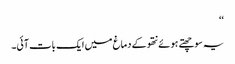
‘‘
یہ سوچھتے ہوئے نتھو کے دماغ میں ایک بات آئی۔